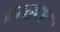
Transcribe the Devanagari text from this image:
सारुख